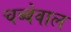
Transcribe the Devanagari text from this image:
चब्बेवाल